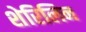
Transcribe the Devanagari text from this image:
शेरिलिन